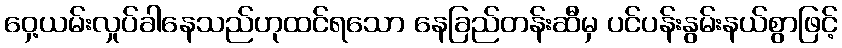
ဝှေ့ယမ်းလှုပ်ခါနေသည်ဟုထင်ရသော နေခြည်တန်းဆီမှ ပင်ပန်းနွမ်းနယ်စွာဖြင့်